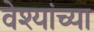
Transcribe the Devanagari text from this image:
वेश्यांच्या